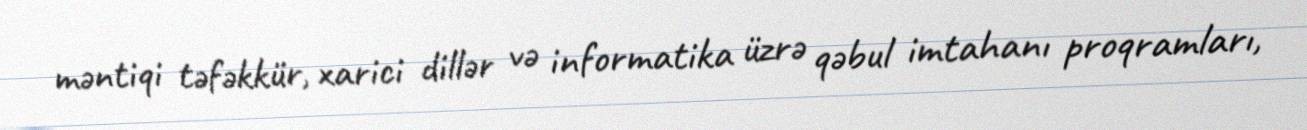
məntiqi təfəkkür, xarici dillər və informatika üzrə qəbul imtahanı proqramları,